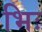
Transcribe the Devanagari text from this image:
भिः